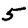
Digit: 5